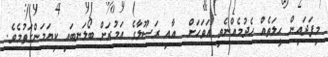
މިފަދައިން ޙީލަތެއް ހެދުމެއްނެތި އަވަހަށް  އާއި ރަސޫލާގެ އަމުރަށް ބޯލަނބައި ކިޔަމަންގަތުމެވެ.